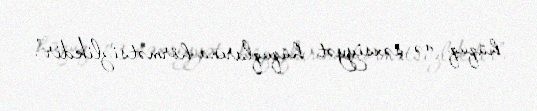
hüquq və şəxsiyyət hüquqlarına hörmətsizlikdir”.